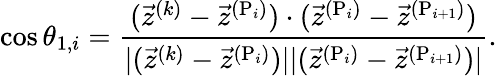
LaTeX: \cos\theta_{1,i}=\frac{(\vec{z}^{(k)}-\vec{z}^{(\mathrm{P}_{i})})\cdot(\vec{z}^{(\mathrm{P}_{i})}-\vec{z}^{(\mathrm{P}_{i+1})})}{|(\vec{z}^{(k)}-\vec{z}^{(\mathrm{P}_{i})})||(\vec{z}^{(\mathrm{P}_{i})}-\vec{z}^{(\mathrm{P}_{i+1})})|}.